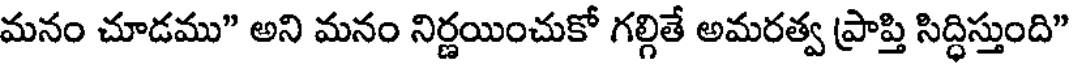
మనం చూడము" అని మనం నిర్ణయించుకో గల్గితే అమరత్వ ప్రాప్తి సిద్ధిస్తుంది"